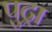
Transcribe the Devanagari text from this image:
पुट्रा